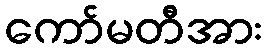
ကော်မတီအား